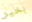
بخير